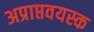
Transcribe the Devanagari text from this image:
अप्राप्तवयस्क